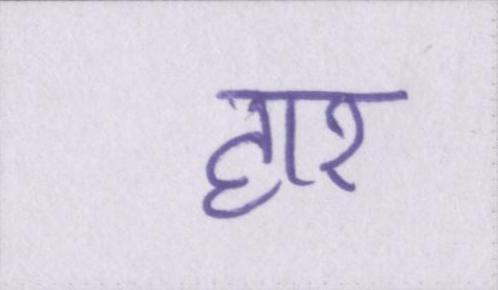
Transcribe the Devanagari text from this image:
हार